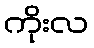
ကိုးလ